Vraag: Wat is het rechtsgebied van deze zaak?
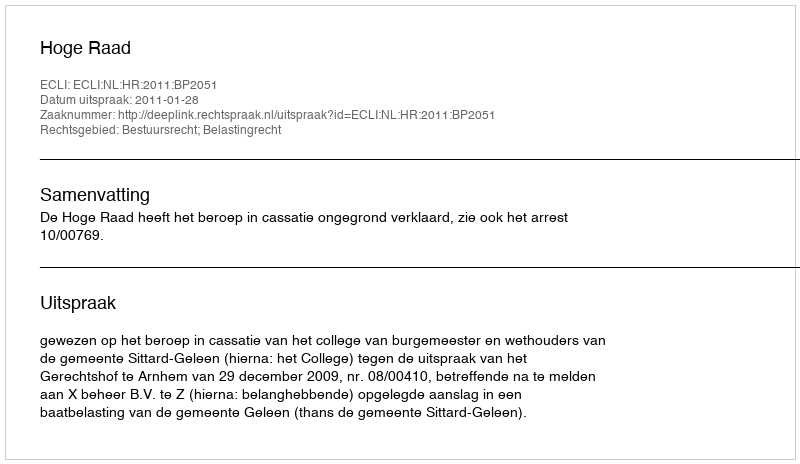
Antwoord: Bestuursrecht; Belastingrecht